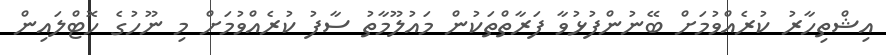
އިޝްތިހާރު ކުރެއްވުމަށް ބޭނުންފުޅުވާ ފަރާތްތަކުން މައުލޫމާތު ސާފު ކުރެއްވުމަށް މި ނޫހުގެ ހޮޓްލައިން